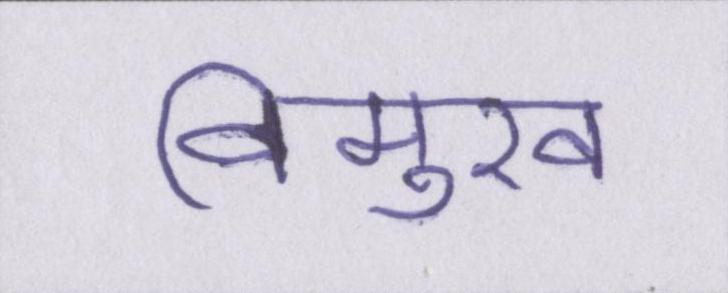
विमुख